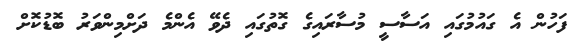
ފަހުން އެ ގައުމުގައި އަސާސީ މުސާރައިގެ ގޮތުގައި ދެވޭ އެންމެ ދަށްމިންވަރު ބޮޑުކޮށް